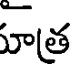
ూత